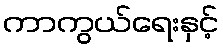
ကာကွယ်ရေးနှင့်